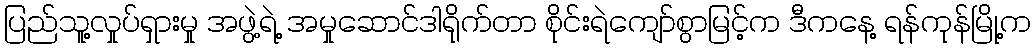
ပြည်သူ့လှုပ်ရှားမှု အဖွဲ့ရဲ့ အမှုဆောင်ဒါရိုက်တာ စိုင်းရဲကျော်စွာမြင့်က ဒီကနေ့ ရန်ကုန်မြို့က